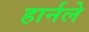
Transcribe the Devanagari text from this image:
हार्नले